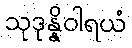
သုဒုန္နိဝါရယံ